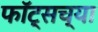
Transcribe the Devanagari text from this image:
फॉट्सच्या